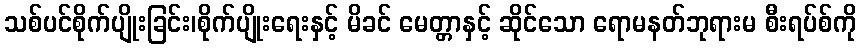
သစ်ပင်စိုက်ပျိုးခြင်း၊စိုက်ပျိုးရေးနှင့် မိခင် မေတ္တာနှင့် ဆိုင်သော ရောမနတ်ဘုရားမ စီးရပ်စ်ကို